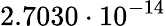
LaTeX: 2.7030\cdot 10^{-14}